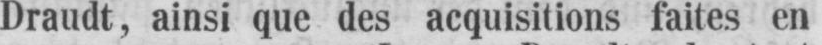
Draudt, ainsi que des acquisitions faites en